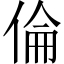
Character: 倫